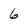
Character: 6